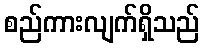
စည်ကားလျက်ရှိသည်